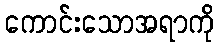
ကောင်းသောအရာကို